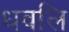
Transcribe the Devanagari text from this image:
धवलि